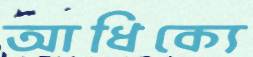
আধিক্যে